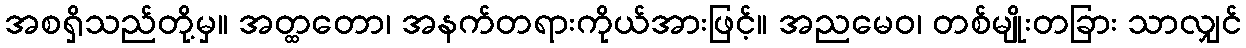
အစရှိသည်တို့မှ။ အတ္ထတော၊ အနက်တရားကိုယ်အားဖြင့်။ အညမေဝ၊ တစ်မျိုးတခြား သာလျှင်